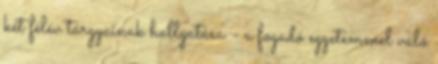
két félév tárgyainak hallgatása - a fogadó egyetemmel való